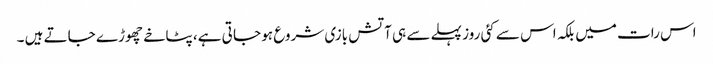
اس رات میں بلکہ اس سے کئی روز پہلے سے ہی آتش بازی شروع ہو جا تی ہے، پٹاخے چھوڑے جاتے ہیں ۔